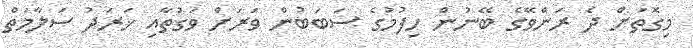
މިގޮތަށް ދެ ރަންވޭގެ ބޭނުން ހިފުމުގެ ސަބަބުން ވަރަށް ވަގުތާއި ޚަރަދު ސަލާމަތް